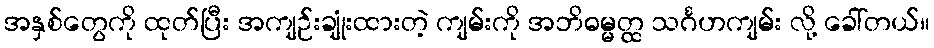
အနှစ်တွေကို ထုတ်ပြီး အကျဉ်းချုံးထားတဲ့ ကျမ်းကို အဘိဓမ္မတ္ထ သင်္ဂဟကျမ်း လို့ ခေါ်တယ်။